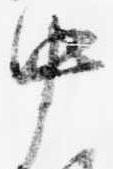
中